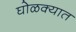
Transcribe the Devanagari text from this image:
घोळक्यात